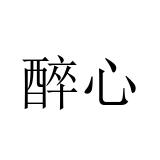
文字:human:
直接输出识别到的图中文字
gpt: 醉心